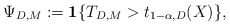
\begin{align*}\Psi_{D,M}:=\mathbf{1}\{T_{D,M} > t_{1-\alpha,D}(X)\},\end{align*}